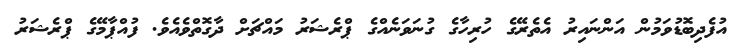
އުފެދިބޮޑުވަމުން އަންނައިރު އެތެރޭގެ ހުރިހާގެ ގުނަވަނެއްގެ ޕްރެޝަރު މައްޗަށް ދާގޮތްވެއެވެ. ފުއްޕާމޭގެ ޕްރެޝަރު